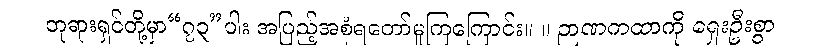
ဘုရားရှင်တို့မှာ“၇၃”ပါး အပြည့်အစုံရတော်မူကြကြောင်း။ ။ ဉာဏကထာကို ရှေးဦးစွာ